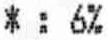
* : 6%